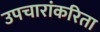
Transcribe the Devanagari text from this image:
उपचारांकरिता